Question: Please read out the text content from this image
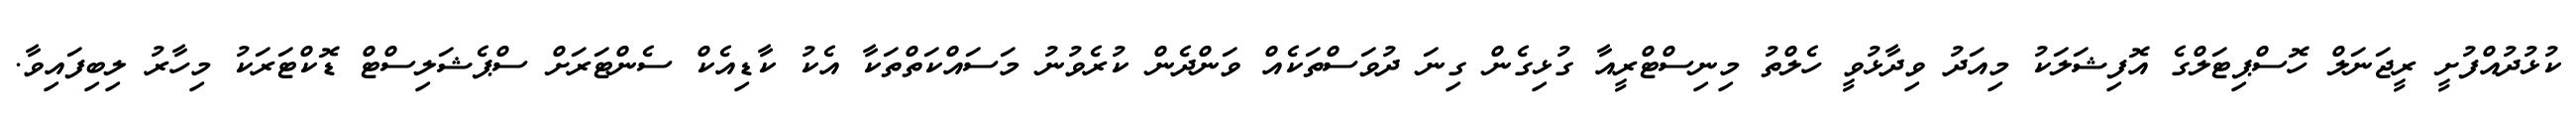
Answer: ކުޅުދުއްފުށީ ރީޖަނަލް ހޮސްޕިޓަލްގެ އޮފިޝަލަކު މިއަދު ވިދާޅުވީ ހެލްތު މިނިސްޓްރީއާ ގުޅިގެން ގިނަ ދުވަސްތަކެއް ވަންދެން ކުރެވުނު މަސައްކަތްތަކާ އެކު ކާޑިއެކް ސެންޓަރަށް ސްޕެޝަލިސްޓް ޑޮކްޓަރަކު މިހާރު ލިބިފައިވާ.